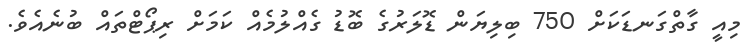
މިއީ ގާތްގަނޑަކަށް 750 ބިލިޔަން ޑޮލަރުގެ ބޮޑު ގެއްލުމެއް ކަމަށް ރިޕޯޓްތައް ބުނެއެވެ.